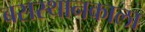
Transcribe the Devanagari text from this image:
बसस्थानकाला